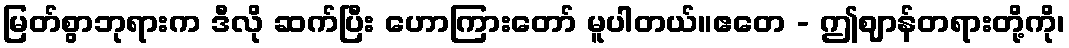
မြတ်စွာဘုရားက ဒီလို ဆက်ပြီး ဟောကြားတော် မူပါတယ်။ဧတေ - ဤဈာန်တရားတို့ကို၊